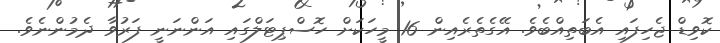
ކޮވިޑް ޖެހިފައި އެބަތިއްބެވެ. އޭގެތެރެއިން 16 މީހަކަށް ހޮސްޕިޓަލްގައި އަންނަނީ ފަރުވާ ދެމުންނެވެ.